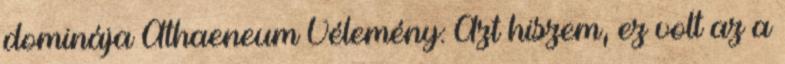
dominája Athaeneum Vélemény: Azt hiszem, ez volt az a